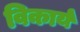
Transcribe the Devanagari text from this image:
विकार्य